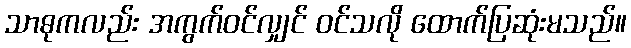
သာဓုကလည်း အကွက်ဝင်လျှင် ဝင်သလို ထောက်ပြဆုံးမသည်။